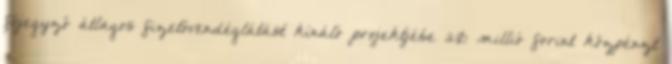
főjegyző átlagos fizetővendéglátást kínáló projektjébe 20 millió forint közpénzt